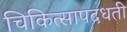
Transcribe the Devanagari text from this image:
चिकित्सापदधती